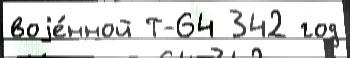
воjе́нной Т-64 342 год